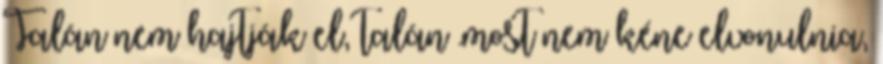
Talán nem hajtják el, talán .most nem kéne elvonulnia,